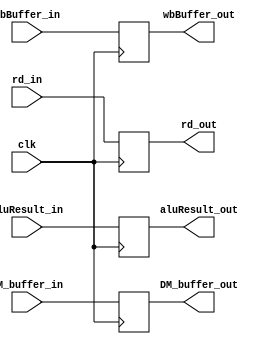
module MEMWB(
	input clk,
	input [63:0] DM_buffer_in,
	input [63:0] aluResult_in,
	input [4:0] rd_in,
	input [1:0] wbBuffer_in,
	output reg [63:0] DM_buffer_out,
	output reg [63:0] aluResult_out,
	output reg [4:0] rd_out,
	output reg [1:0] wbBuffer_out
);

always @(posedge clk)
begin
	DM_buffer_out = DM_buffer_in;
	aluResult_out = aluResult_in;
	rd_out = rd_in;
	wbBuffer_out = wbBuffer_in;
end

endmodule